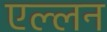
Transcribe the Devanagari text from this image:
एल्लन